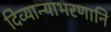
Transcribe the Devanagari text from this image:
दिव्यान्याभरणानि